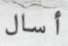
أسال